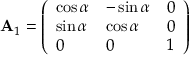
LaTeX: \mathbf { A } _ { 1 } = { \left( \begin{array} { l l l } { \cos \alpha } & { - \sin \alpha } & { 0 } \\ { \sin \alpha } & { \cos \alpha } & { 0 } \\ { 0 } & { 0 } & { 1 } \end{array} \right) }